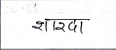
मजकूर: शारदा